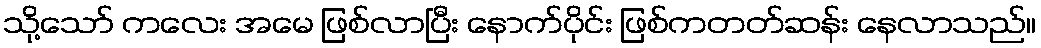
သို့သော် ကလေး အမေ ဖြစ်လာပြီး နောက်ပိုင်း ဖြစ်ကတတ်ဆန်း နေလာသည်။